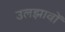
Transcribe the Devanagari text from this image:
उलझावों